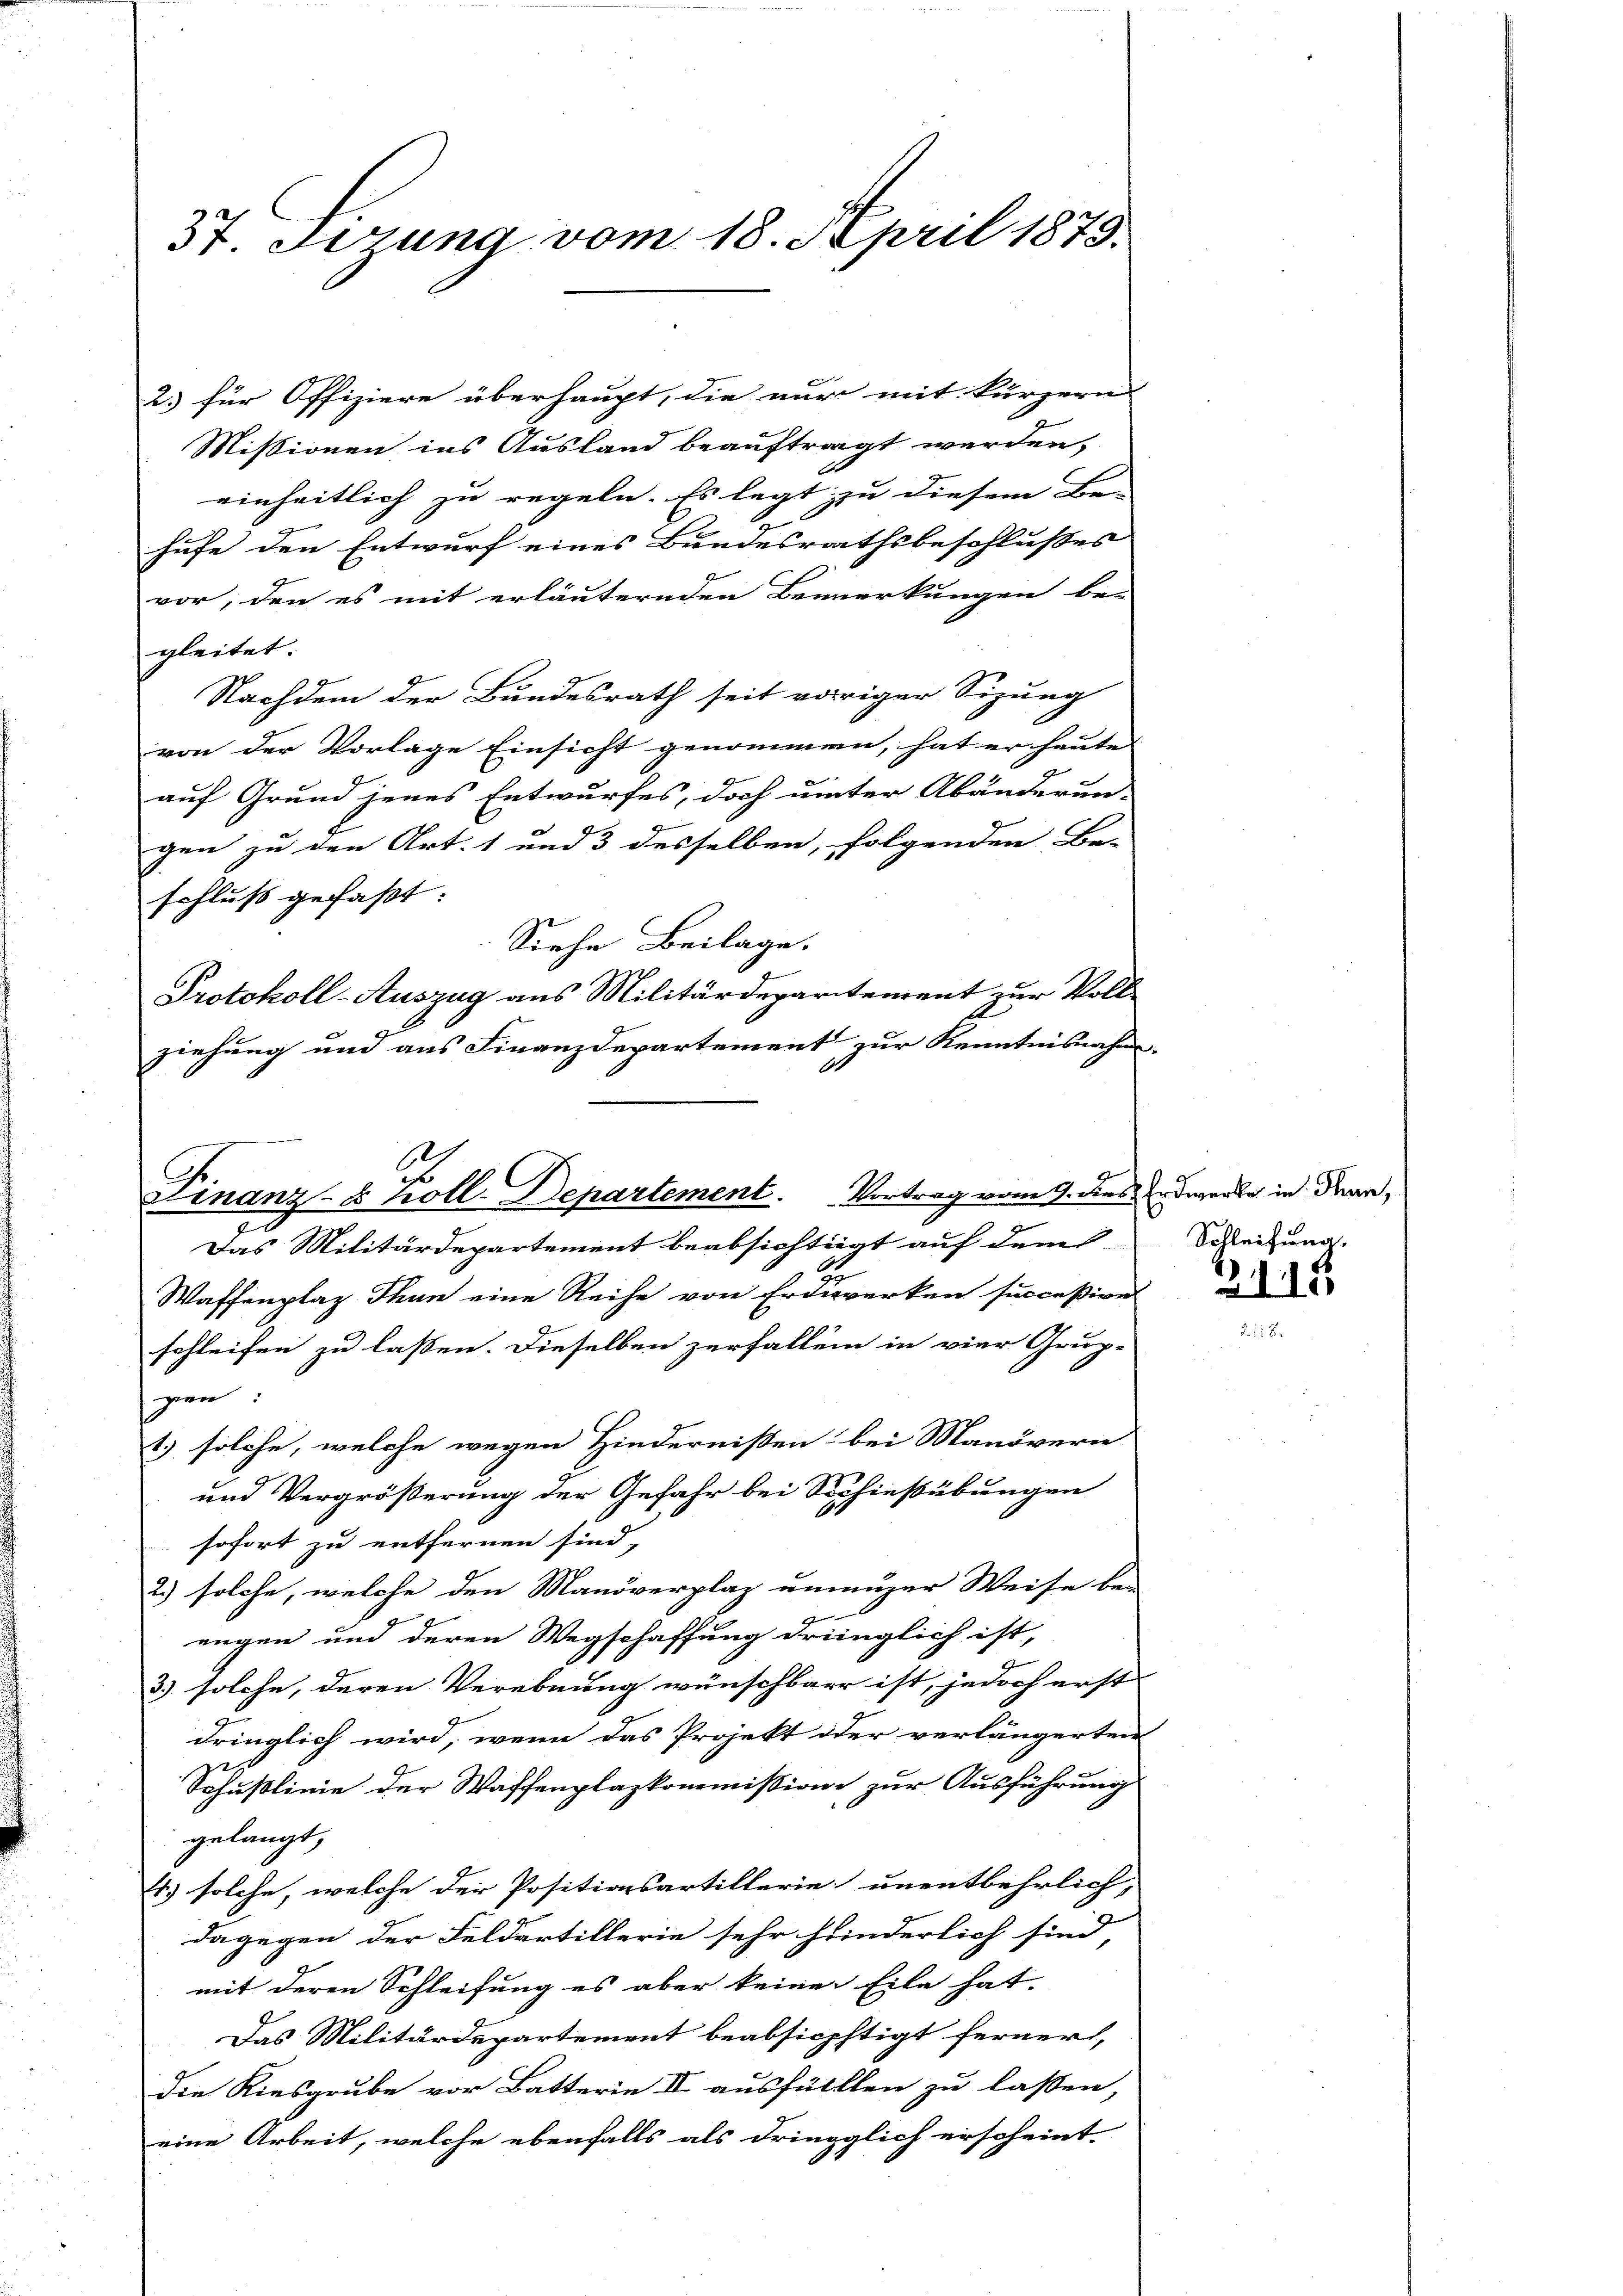
37. Sizung vom 18. April 1875.

2) für Offiziere überhaupt, die nur mit kürzern
Missionen ins Ausland beauftragt werden,
einheitlich zu regeln. Es legt zu diesem Be-
hufe den Entwurf eines Bundesrathsbeschlußes
vor, den es mit erläuternden Bemerkungen be-
gleitet.
Nachdem der Bundesrath seit voriger Sizung
von der Vorlage Einsicht genommen, hat er heute |
auf Grund jenes Entwurfes, doch unter Abänderun-
gen zu den Art. 1 und 3 desselben, folgenden Ba-
schluß gefaßt:
Siehe Beilage.
Protokoll-Auszug aus Militärdeparitement zur Voll-
ziehung und aus Finanzdepartement zur Kenntnisnahm.
Das Militärdepartement beabsichtigt auf dem
Waffenplaz Thun eine Reihe von Erdeverken succeßive
schleifen zu lassen. Dieselben zerfallem in vier Grup-
gen:
1) solche, welche wegen Hindernißen bei Manövern
und Vergrößerung der Gefahr bei Schiessübungen
sofort zu entfernen sind,
2) solche, welche den Manöverplaz unmuzer Weise be-
engen und deren Wegschaffung dringlich ist,
3) solche, deren Verebnung wünschbar ist, jedoch erst
dringlich wird, wenn das Projekt oder verlängerten
Schußlinie der Waffenplazkommissione zur Ausführung
gelangt,
4) solche, welche der Positionsartillerie unentbehrlich-
dagegen der Feldartillerie sehr hinderlich sind,
mit deren Schleifung es aber keine Eile hat.
Das Militärdepartement beabsichtigt ferner,
die Kiesgrube vor Batterie II ausfüllten zu lassen,
eine Arbeit, welche ebenfalls als dringglich erscheint

Finanz- & Koll-Departement. Vortrag vom 9. dies Erwerbe in dran,

Schleifung.

2110